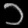
Digit: ၁